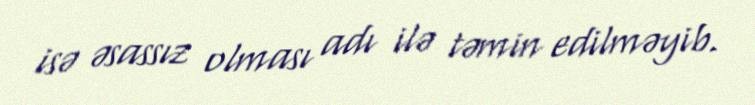
isə əsassız olması adı ilə təmin edilməyib.